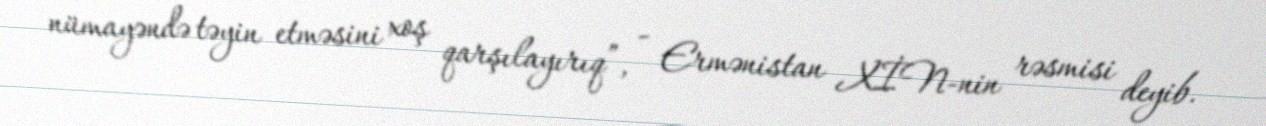
nümayəndə təyin etməsini xoş qarşılayırıq”, - Ermənistan XİN-nin rəsmisi deyib.